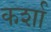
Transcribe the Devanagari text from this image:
कर्शा